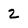
Character: 2